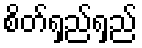
စိတ်ရှည်ရှည်